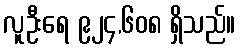
လူဦးရေ ၉၂၄,၆၀၈ ရှိသည်။